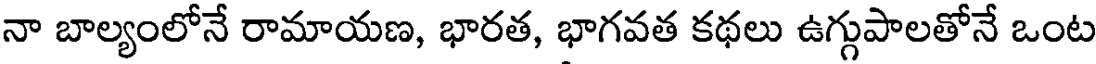
నా బాల్యంలోనే రామాయణ, భారత, భాగవత కథలు ఉగ్గుపాలతోనే ఒంట